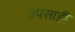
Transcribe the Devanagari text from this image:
उपसाही